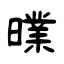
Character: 曗